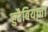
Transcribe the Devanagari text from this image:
हुदैबियाचा